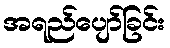
အရည်ပျော်ခြင်း